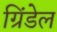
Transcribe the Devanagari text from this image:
ग्रिंडेल